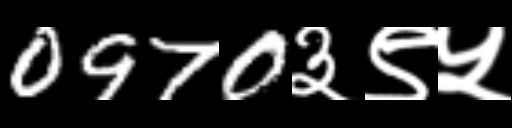
Text: 0970३९५